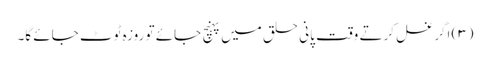
(۳) اگر غسل کرتے وقت پانی حلق میں پہنچ جائے تو روزہ ٹوٹ جائے گا۔